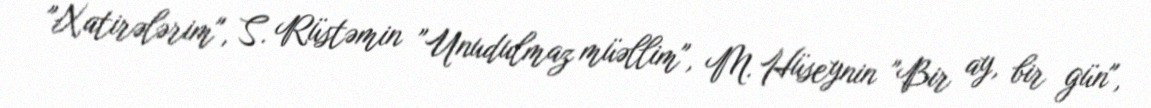
"Xatirələrim", S. Rüstəmin "Unudulmaz müəllim", M. Hüseynin "Bir ay, bir gün",